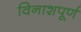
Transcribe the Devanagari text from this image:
विनाशपूर्ण